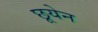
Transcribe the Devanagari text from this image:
छूयेन